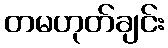
တမဟုတ်ချင်း